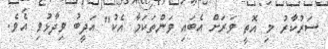
ސަރުކާރު މި އޮތީ ވަރަށް އެބައި ވަންތަކަމާ އެކު" އަދީބު ވިދާޅުވި އެވެ.